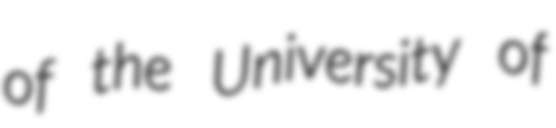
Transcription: of the University of